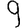
Digit: 9